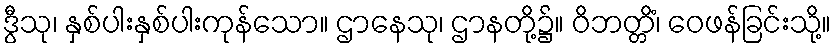
ဒွီသု၊ နှစ်ပါးနှစ်ပါးကုန်သော။ ဌာနေသု၊ ဌာနတို့၌။ ဝိဘတ္တိံ၊ ဝေဖန်ခြင်းသို့။